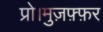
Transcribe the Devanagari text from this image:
प्रो।मुज़फ़्फ़र